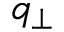
q _ { \perp }